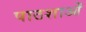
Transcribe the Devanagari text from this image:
पाठशाओं